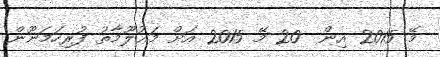
މޭ 2015 އިން  20 މޭ 2015 އަށް މަޢުލޫމާތު ފުރިހަމަނޫން